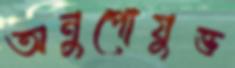
অনুপোযুক্ত